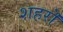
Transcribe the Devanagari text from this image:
शहरॊ